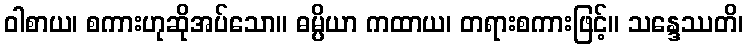
ဝါစာယ၊ စကားဟုဆိုအပ်သော။ ဓမ္ပိယာ ကထာယ၊ တရားစကားဖြင့်။ သန္ဒေဿတိ၊